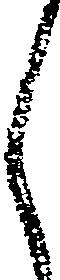
く